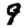
Digit: 9